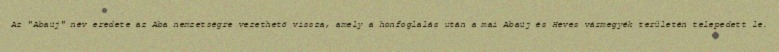
Az "Abaúj" név eredete az Aba nemzetségre vezethető vissza, amely a honfoglalás után a mai Abaúj és Heves vármegyék területén telepedett le.